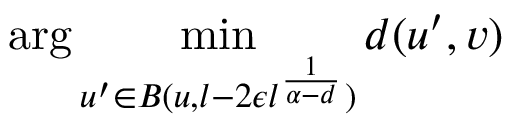
\arg \operatorname* { m i n } _ { u ^ { \prime } \in B ( u , l - 2 \epsilon l ^ { \frac { 1 } { \alpha - d } } ) } d ( u ^ { \prime } , v )